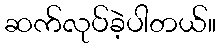
ဆက်လုပ်ခဲ့ပါတယ်။